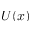
U ( x )